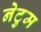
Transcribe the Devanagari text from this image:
नेटुम